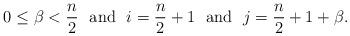
LaTeX: \begin{align*} 0\leq \beta < \frac{n}{2} \ \ \mbox{and} \ \ i=\frac{n}{2} +1 \ \ \mbox{and} \ \ j = \frac{n}{2}+1+\beta. \end{align*}